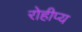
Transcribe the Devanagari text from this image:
रोहीप्य